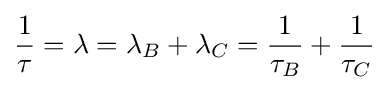
{\frac {1}{\tau }}=\lambda =\lambda _{B}+\lambda _{C}={\frac {1}{\tau _{B}}}+{\frac {1}{\tau _{C}}}